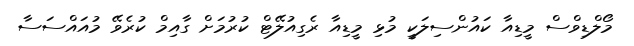
މޯލްޑިވްސް މީޑިއާ ކައުންސިލަކީ މުޅި މީޑިއާ ރެގިއުލޭޓް ކުރުމަށް ގާއިމް ކުރެވޭ މުއައްސަސާ